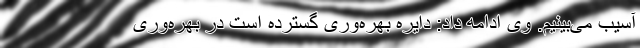
آسیب می‌بینیم. وی ادامه داد: دایره بهره‌وری گسترده است در بهره‌وری